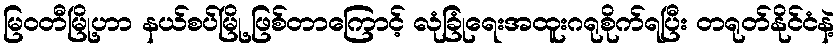
မြဝတီမြို့ဟာ နယ်စပ်မြို့ ဖြစ်တာကြောင့် လုံခြုံရေးအထူးဂရုစိုက်ရပြီး တရုတ်နိုင်ငံနဲ့